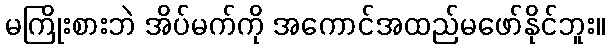
မကြိုးစားဘဲ အိပ်မက်ကို အကောင်အထည်မဖော်နိုင်ဘူး။